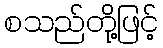
စသည်တို့ဖြင့်